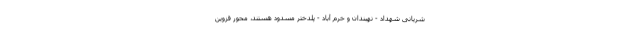
شریانی شهداد - نهبندان و خرم آباد - پلدختر مسدود هستند، محور قزوین